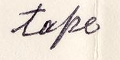
tape